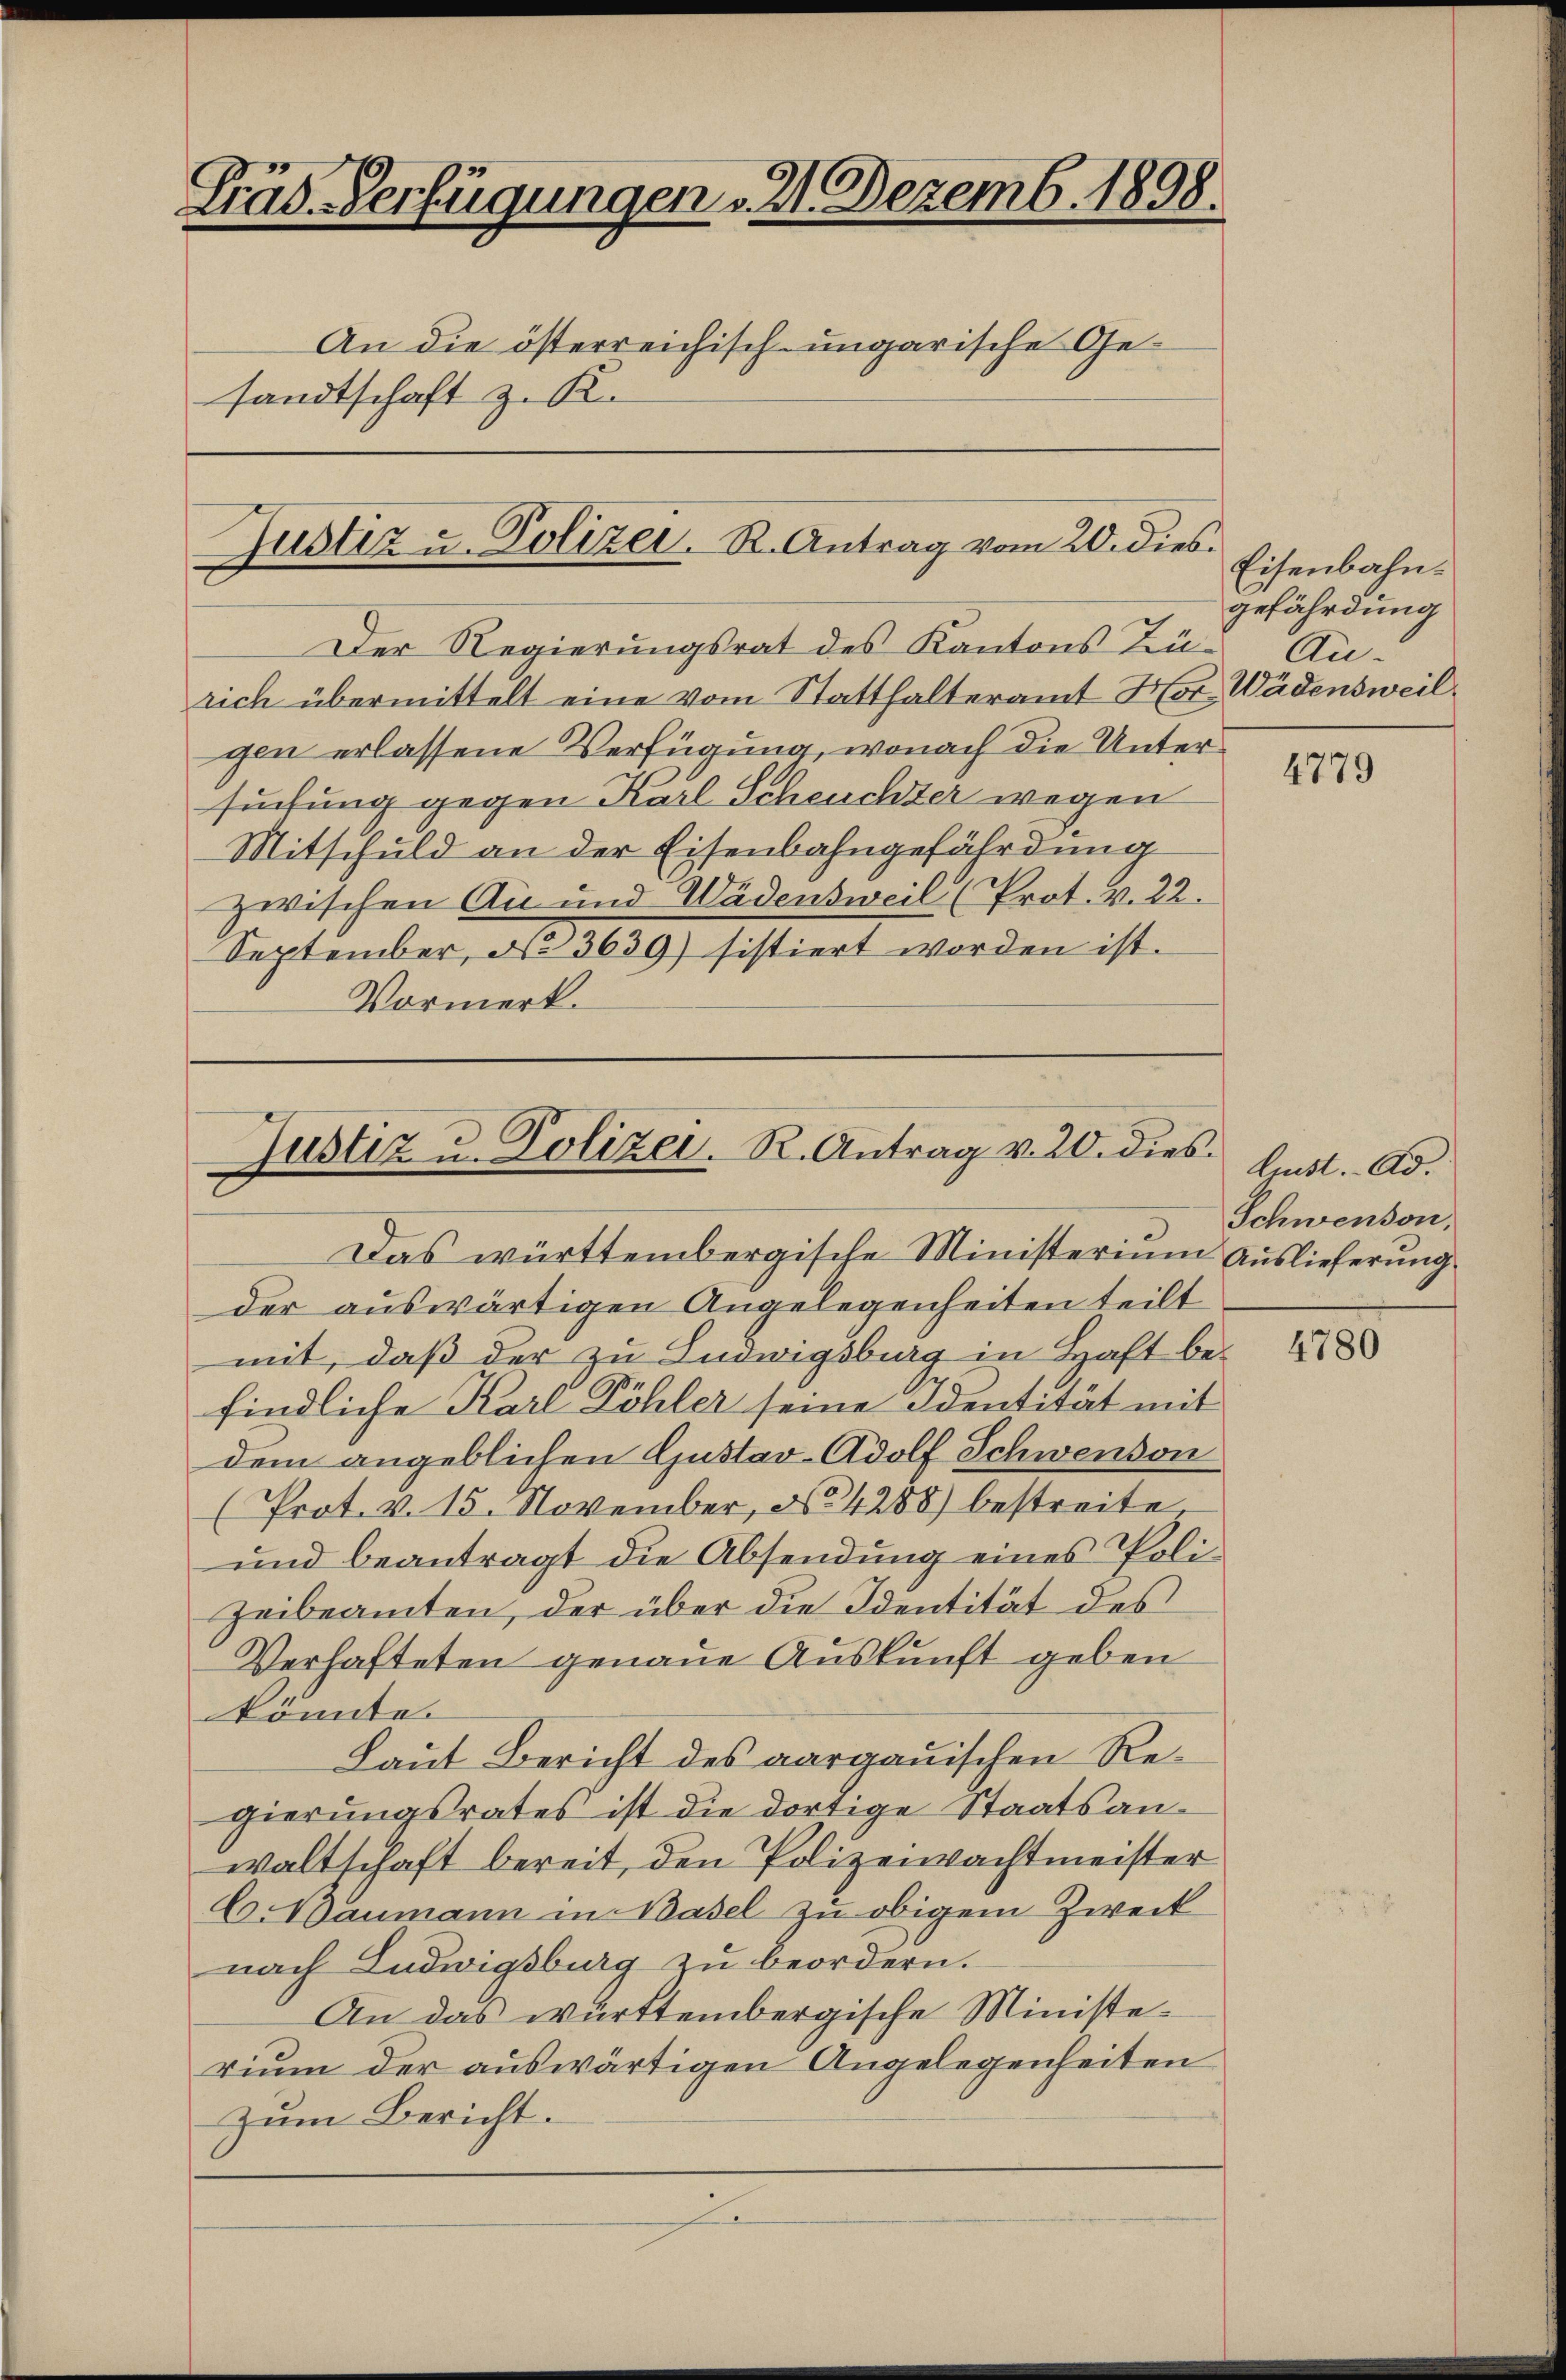
Träd-Verfügungen 2. Dezemb. 1898.
An die österreichisch-ungarische Gesandtschaft z. R.

Justiz u. Polizei. R. Antrag vom 20. dies.

Justiz u. Polizei. R. Antrag v. 20. dies

Der Regierungsrat des Kantons Zürich übermittelt eine vom Statthalteramt Hor. Wädensweil
gen erlassene Verfügung, wonach die Untersuchung gegen Karl Scheuchter wegen
Mitschuld an der Eisenbahngefährdung
zwischen Au und Wädensweil (Prot. v. 22.
September, § 3639) sistiert worden ist.
Vormerk.

Eisenbahngefährdung
Au-

Das württembergische Ministerium Auslieferung
der auswärtigen Angelegenheiten teilt
mit, daß der zu Ludwigsburg in Haft be-
findliche Karl Köhler seine Identität mit
dem angeblichen Gustav-Adolf Schwendon
(Prot. v. 15. November, No 4288) bestreite
ŭnd beantragt die Absendŭng eines Poli-
Zeibeamten, der über die Identität des
Verhafteten genaue Auskunft geben
könnte.
Laut Bericht des aargauischen Regierungsrates ist die dortige Staatsanwaltschaft bereit, den Polizeiwachtmeister
C. Baumann in Basel zu obigem Zweck
nach Ludwigsburg zu beordern.
An das württembergische Ministerium der auswärtigen Angelegenheiten
Zum Bericht.

4779

lust. Ad.
Schwenden,

4780